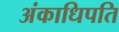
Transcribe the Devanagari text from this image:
अंकाधिपति